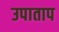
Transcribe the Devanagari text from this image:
उपाताप